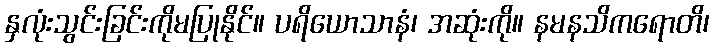
နှလုံးသွင်းခြင်းကိုမပြုနိုင်။ ပရိယောသာနံ၊ အဆုံးကို။ နမနသိကရောတိ၊